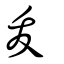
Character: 犮